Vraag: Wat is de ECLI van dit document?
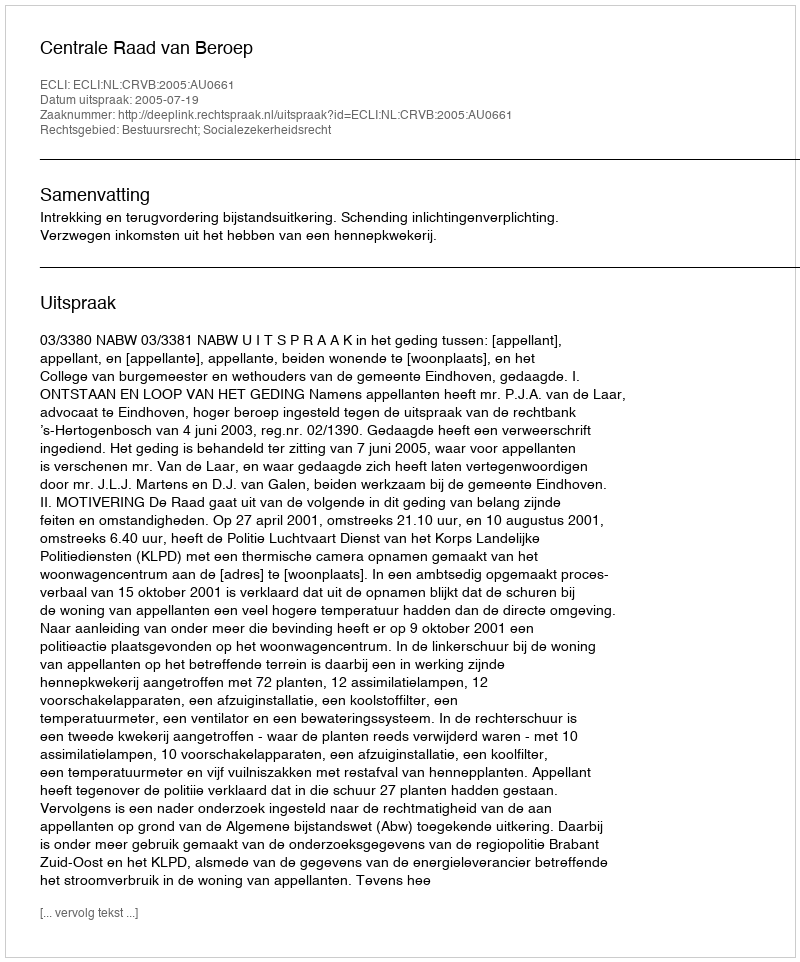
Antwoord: ECLI:NL:CRVB:2005:AU0661